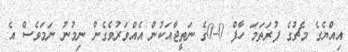
އިއްޔެގެ މެޗުގެ ފުރަތަމަ ހާފް 0-0ގެ ނަތީޖާއަކުން އެއްވަރުވެގެން ނިމުނު ނަމަވެސް އެ